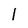
Character: l